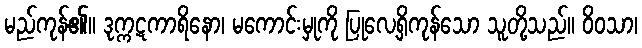
မည်ကုန်၏။ ဒုက္ကဋကာရိနော၊ မကောင်းမှုကို ပြုလေ့ရှိကုန်သော သူတို့သည်။ ဝိဝသာ၊